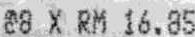
@8 X RM 16.85